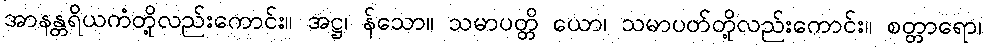
အာနန္တရိယကံတို့လည်းကောင်း။ အဋ္ဌ၊ န်သော။ သမာပတ္တိ ယော၊ သမာပတ်တို့လည်းကောင်း။ စတ္တာရော၊